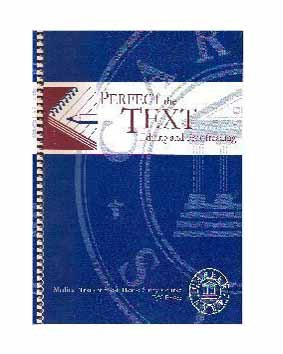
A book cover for Perfect The Text editing & Proofreading (medical transcription home study course); Andrea L. Anaya JoJean H. Loflin; Medical Books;